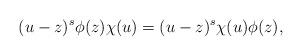
LaTeX: \begin{align*}(u-z)^s \phi(z) \chi(u) = (u-z)^s \chi(u) \phi(z),\end{align*}